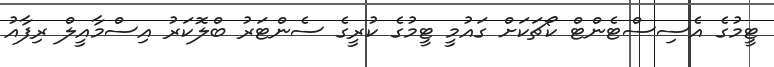
ޓީމުގެ އެސިސްޓެންޓް ކޯޗަކަށް ގައުމީ ޓީމުގެ ކުރީގެ ސެންޓަރު ބްލޮކަރު އިސްމާއީލް ރިފާއު